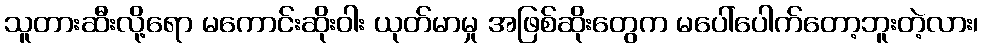
သူတားဆီးလို့ရော မကောင်းဆိုးဝါး ယုတ်မာမှု အဖြစ်ဆိုးတွေက မပေါ်ပေါက်တော့ဘူးတဲ့လား၊